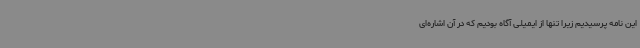
این نامه پرسیدیم زیرا تنها از ایمیلی آگاه بودیم که در آن اشاره‌ای